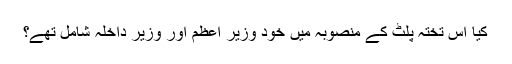
کیا اس تختہ پلٹ کے منصوبہ میں خود وزیر اعظم اور وزیر داخلہ شامل تھے؟